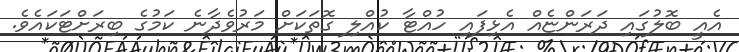
އެއީ ބޮލުގައި ދަރަންޏެއް އެޅިފައި ހުއްޓާ ކުއްލި ގޮތަކަށް މަރުވެދާނެ ކަމުގެ ބިރަށްޓަކައެވެ.